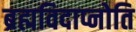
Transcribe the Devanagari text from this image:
ब्रह्मविदाप्नोति